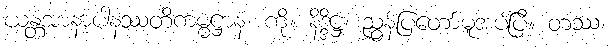
ယန္တံအာနာပါနဿတိကမ္မဋ္ဌာနံ၊ ကို။ နိဒ္ဒိဋ္ဌံ၊ ညွှန်ပြတော်မူအပ်ပြီ။ တဿ၊